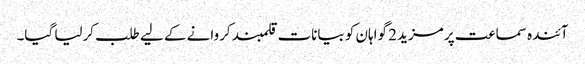
آئندہ سماعت پر مزید 2 گواہان کو بیانات قلمبند کروانے کے لیے طلب کرلیا گیا۔